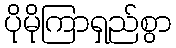
ပိုမိုကြာရှည်စွာ